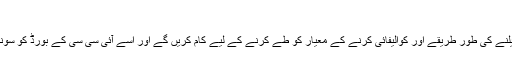
''
اب جبکہ ورلڈ چیمپیئن شپ کی تصدیق ہوچکی ہے، ہم کھیلنے کی طور طریقے اور کوالیفائی کرنے کے معیار کو طے کرنے کے لیے کام کریں گے اور اسے آئی سی سی کے بورڈ کو سونپیں گے تاکہ انہیں مناسب وقت میں منظوری دی جاسکے۔